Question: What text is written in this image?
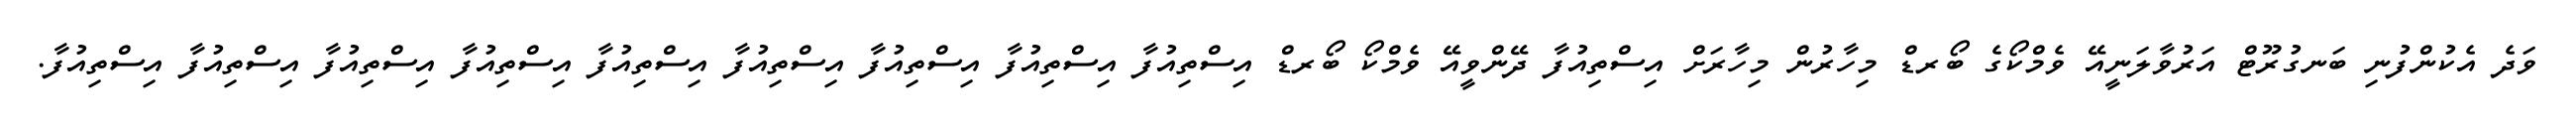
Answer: ވަދެ އެކުންފުނި ބަނގުރޫޓް އަރުވާލަނީއޭ ވެމްކޯގެ ބޯރޑް މިހާރުން މިހާރަށް އިސްތިއުފާ ދޭންވީއޭ ވެމްކޯ ބޯރޑް އިސްތިއުފާ އިސްތިއުފާ އިސްތިއުފާ އިސްތިއުފާ އިސްތިއުފާ އިސްތިއުފާ އިސްތިއުފާ އިސްތިއުފާ އިސްތިއުފާ.